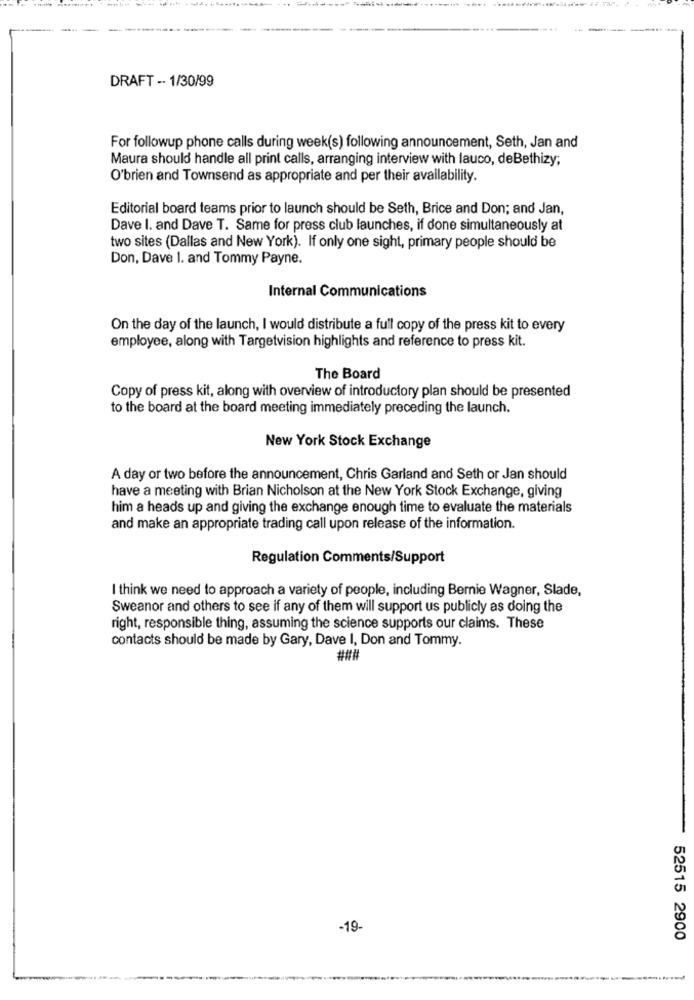
DRAFT -- 1/30/99
For followup phone calls during week(s) following announcement, Seth, Jan and
Maura should handle all print calls, arranging interview with lauco, deBethizy;
O'brien and Townsend as appropriate and per their availability.
Editorial board teams prior to launch should be Seth, Brice and Don; and Jan,
Dave I. and Dave T. Same for press club launches, if done simultaneously at
two sites (Dallas and New York). If only one sight, primary people should be
Don, Dave 1. and Tommy Payne.
Internal Communications
On the day of the launch, I would distribute a full copy of the press kit to every
employee, along with Targetvision highlights and reference to press kit.
The Board
Copy of press kit, along with overview of introductory plan should be presented
to the board at the board meeting immediately preceding the launch.
New York Stock Exchange
A day or two before the announcement, Chris Garland and Seth or Jan should
have a meeting with Brian Nicholson at the New York Stock Exchange, giving
him a heads up and giving the exchange enough time to evaluate the materials
and make an appropriate trading call upon release of the information.
Regulation Comments/Support
I think we need to approach a variety of people, including Bernie Wagner, Slade,
Sweanor and others to see if any of them will support us publicly as doing the
right, responsible thing, assuming the science supports our claims. These
contacts should be made by Gary, Dave I, Don and Tommy.
###
-19-
52515 2900